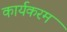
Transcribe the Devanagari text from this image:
कार्यकरम